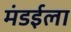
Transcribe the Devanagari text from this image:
मंडईला